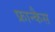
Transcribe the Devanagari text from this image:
फ्रान्कैस